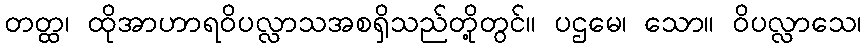
တတ္ထ၊ ထိုအာဟာရဝိပလ္လာသအစရှိသည်တို့တွင်။ ပဌမေ၊ သော။ ဝိပလ္လာသေ၊